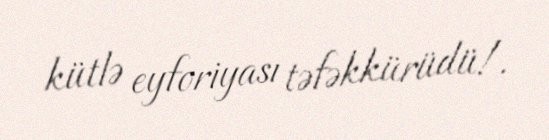
kütlə eyforiyası təfəkkürüdü!.